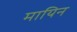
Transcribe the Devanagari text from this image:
मायिन